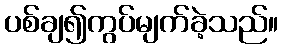
ပစ်ချ၍ကွပ်မျက်ခဲ့သည်။